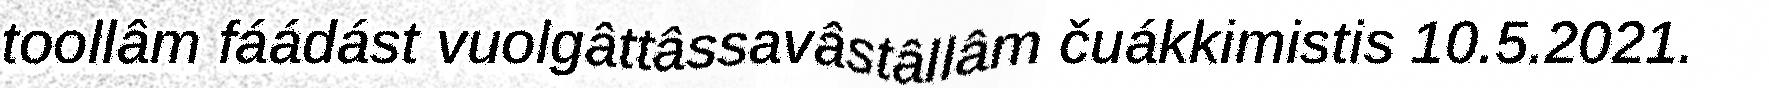
toollâm fáádást vuolgâttâssavâstâllâm čuákkimistis 10.5.2021.